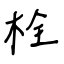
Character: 栓